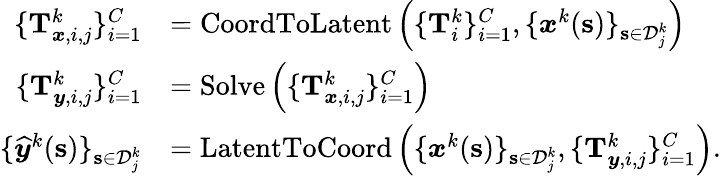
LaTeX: \begin{array}{rl}{\{ \mathbf{T}_{\boldsymbol{x},i,j}^{k}\} _{i=1}^{C}}&{=\operatorname{CoordToLatent}\left(\{ \mathbf{T}_{i}^{k}\} _{i=1}^{C},\{ \boldsymbol{x}^{k}(\mathbf{s})\} _{\mathbf{s}\in\mathcal{D}_{j}^{k}}\right)}\\ {\{ \mathbf{T}_{\boldsymbol{y},i,j}^{k}\} _{i=1}^{C}}&{=\operatorname{Solve}\left(\{ \mathbf{T}_{\boldsymbol{x},i,j}^{k}\} _{i=1}^{C}\right)}\\ {\{ \boldsymbol{{\widehat{y}}}^{k}(\mathbf{s})\} _{\mathbf{s}\in\mathcal{D}_{j}^{k}}}&{=\operatorname{LatentToCoord}\left(\{ \boldsymbol{x}^{k}(\mathbf{s})\} _{\mathbf{s}\in\mathcal{D}_{j}^{k}},\{ \mathbf{T}_{\boldsymbol{y},i,j}^{k}\} _{i=1}^{C}\right).}\end{array}